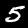
Digit: 5